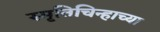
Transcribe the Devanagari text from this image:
स्मृतिचिन्हाच्या